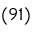
( 9 1 )